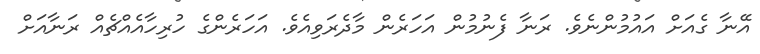
އޭނާ ގެއަށް އައުމުންނެވެ. ރަނާ ފެނުމުން އަހަރެން މާދެރަވިއެވެ. އަހަރެންގެ ހުރިހާއެއްޗެއް ރަނާއަށް